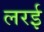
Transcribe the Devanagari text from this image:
लरई